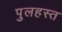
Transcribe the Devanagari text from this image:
पुलहस्त